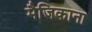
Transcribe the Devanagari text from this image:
मैजिकाना